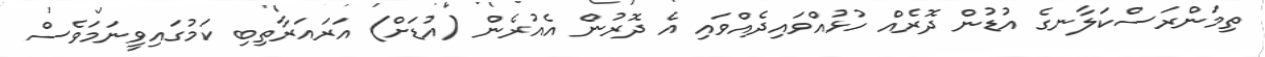
ތިމަންރަސްކަލާނގެ އުޑުން ދޮރެއް ހުޅުއްވައިދެއްވައި އެ ދޮރުން އެއުރެން (އުޑަށް) އަރައަރާތިބި ކަމުގައިވީނަމަވެސް